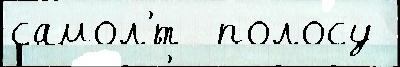
самол'́т  полосу